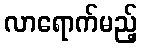
လာရောက်မည့်